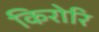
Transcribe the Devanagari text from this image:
किरोरि